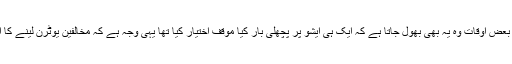
جوش جذبات میں بعض اوقات وہ یہ بھی بھول جاتا ہے کہ ایک ہی ایشو پر پچھلی بار کیا موقف اختیار کیا تھا یہی وجہ ہے کہ مخالفین یوٹرن لینے کا الزام لگا دیتے ہیں۔